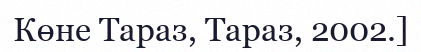
Көне Тараз, Тараз, 2002.]